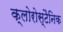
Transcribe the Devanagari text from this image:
क्लोरोस्टैनिक